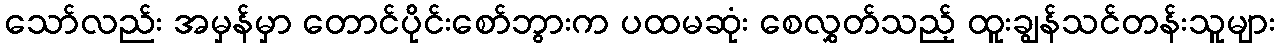
သော်လည်း အမှန်မှာ တောင်ပိုင်းစော်ဘွားက ပထမဆုံး စေလွှတ်သည့် ထူးချွန်သင်တန်းသူများ